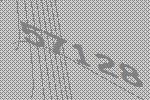
57128